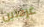
غرفتين